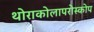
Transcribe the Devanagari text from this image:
थोराकोलापरोस्कोप